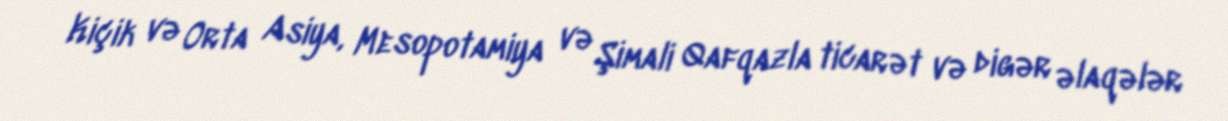
Kiçik və Orta Asiya, Mesopotamiya və Şimali Qafqazla ticarət və digər əlaqələr